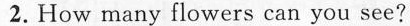
2.How many flowers can you see?